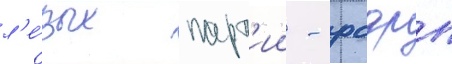
л'е́вых парт'ии - рсдрп